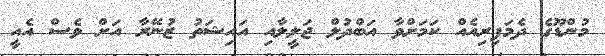
މުންޑޫގެ ދެމަފިރިއެއް ކަމަށްވާ އަބްދުލް ޖަލީލާއި އައިޝަތު ޒުނޭރާ އަށް ވެސް އެއީ